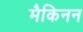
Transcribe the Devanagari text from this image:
मैकिनन